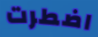
اضطرت